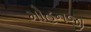
મોહનજી